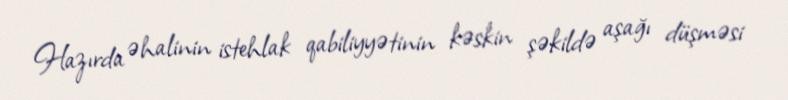
Hazırda əhalinin istehlak qabiliyyətinin kəskin şəkildə aşağı düşməsi